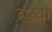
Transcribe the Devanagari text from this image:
३४वॉ